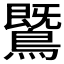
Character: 𪄵